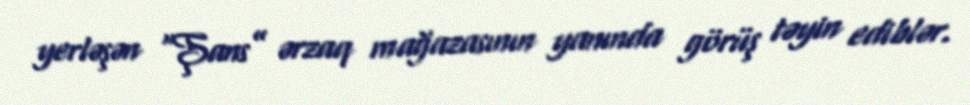
yerləşən “Şans” ərzaq mağazasının yanında görüş təyin ediblər.